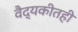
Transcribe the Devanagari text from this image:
वैद्यकीतही